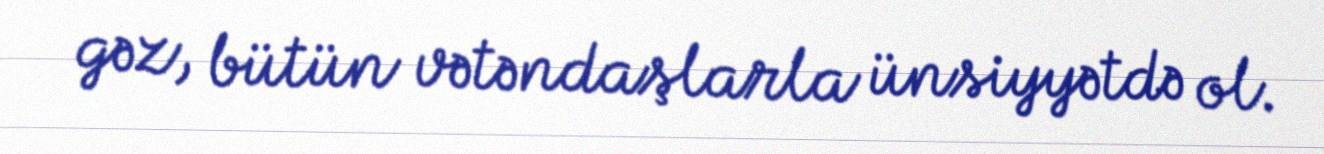
gəz, bütün vətəndaşlarla ünsiyyətdə ol.